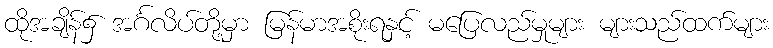
ထိုအချိန်၌ အင်္ဂလိပ်တို့မှာ မြန်မာအစိုးရနှင့် မပြေလည်မှုများ များသည်ထက်များ